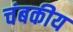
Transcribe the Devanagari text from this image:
चंबकीय